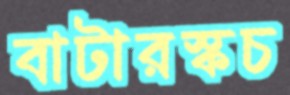
বাটারস্কচ